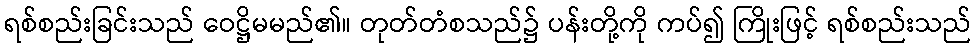
ရစ်စည်းခြင်းသည် ဝေဋ္ဌိမမည်၏။ တုတ်တံစသည်၌ ပန်းတို့ကို ကပ်၍ ကြိုးဖြင့် ရစ်စည်းသည်